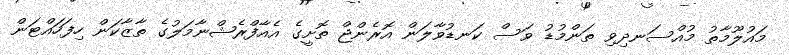
މައުލޫމާތު މުއްސަނދިވި ތަންމުޑު ވަސް ކަނޑުވާލަން އޮރެންޖް ތޮށީގެ އެއާފްރެޝްނާމަލުގެ ތާޒާކަން ހިފަހައްޓަން